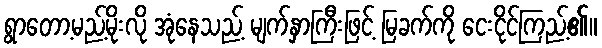
ရွာတော့မည့်မိုးလို အုံနေသည့် မျက်နှာကြီးဖြင့် မြခက်ကို ငေးငိုင်ကြည့်၏။